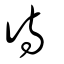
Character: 待